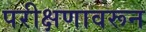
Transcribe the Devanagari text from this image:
परीक्षणावरून